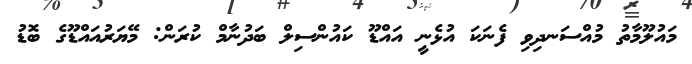
މައުލޫމާތު މުއްސަނދިވި ފެނަކަ އުޅެނީ އައްޑޫ ކައުންސިލް ބަދުނާމް ކުރަން: މޭޔަރުއައްޑޫގެ ބޮޑު